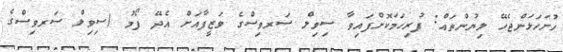
ހުށަހަޅަންޖެހޭ ލިޔުންތައް: ފުރިހަމަކޮށްފައިވާ ސިވިލް ސަރވިސްގެ ވަޒީފާއަށް އެދޭ ފޯމު (ސިވިލް ސަރވިސްގެ